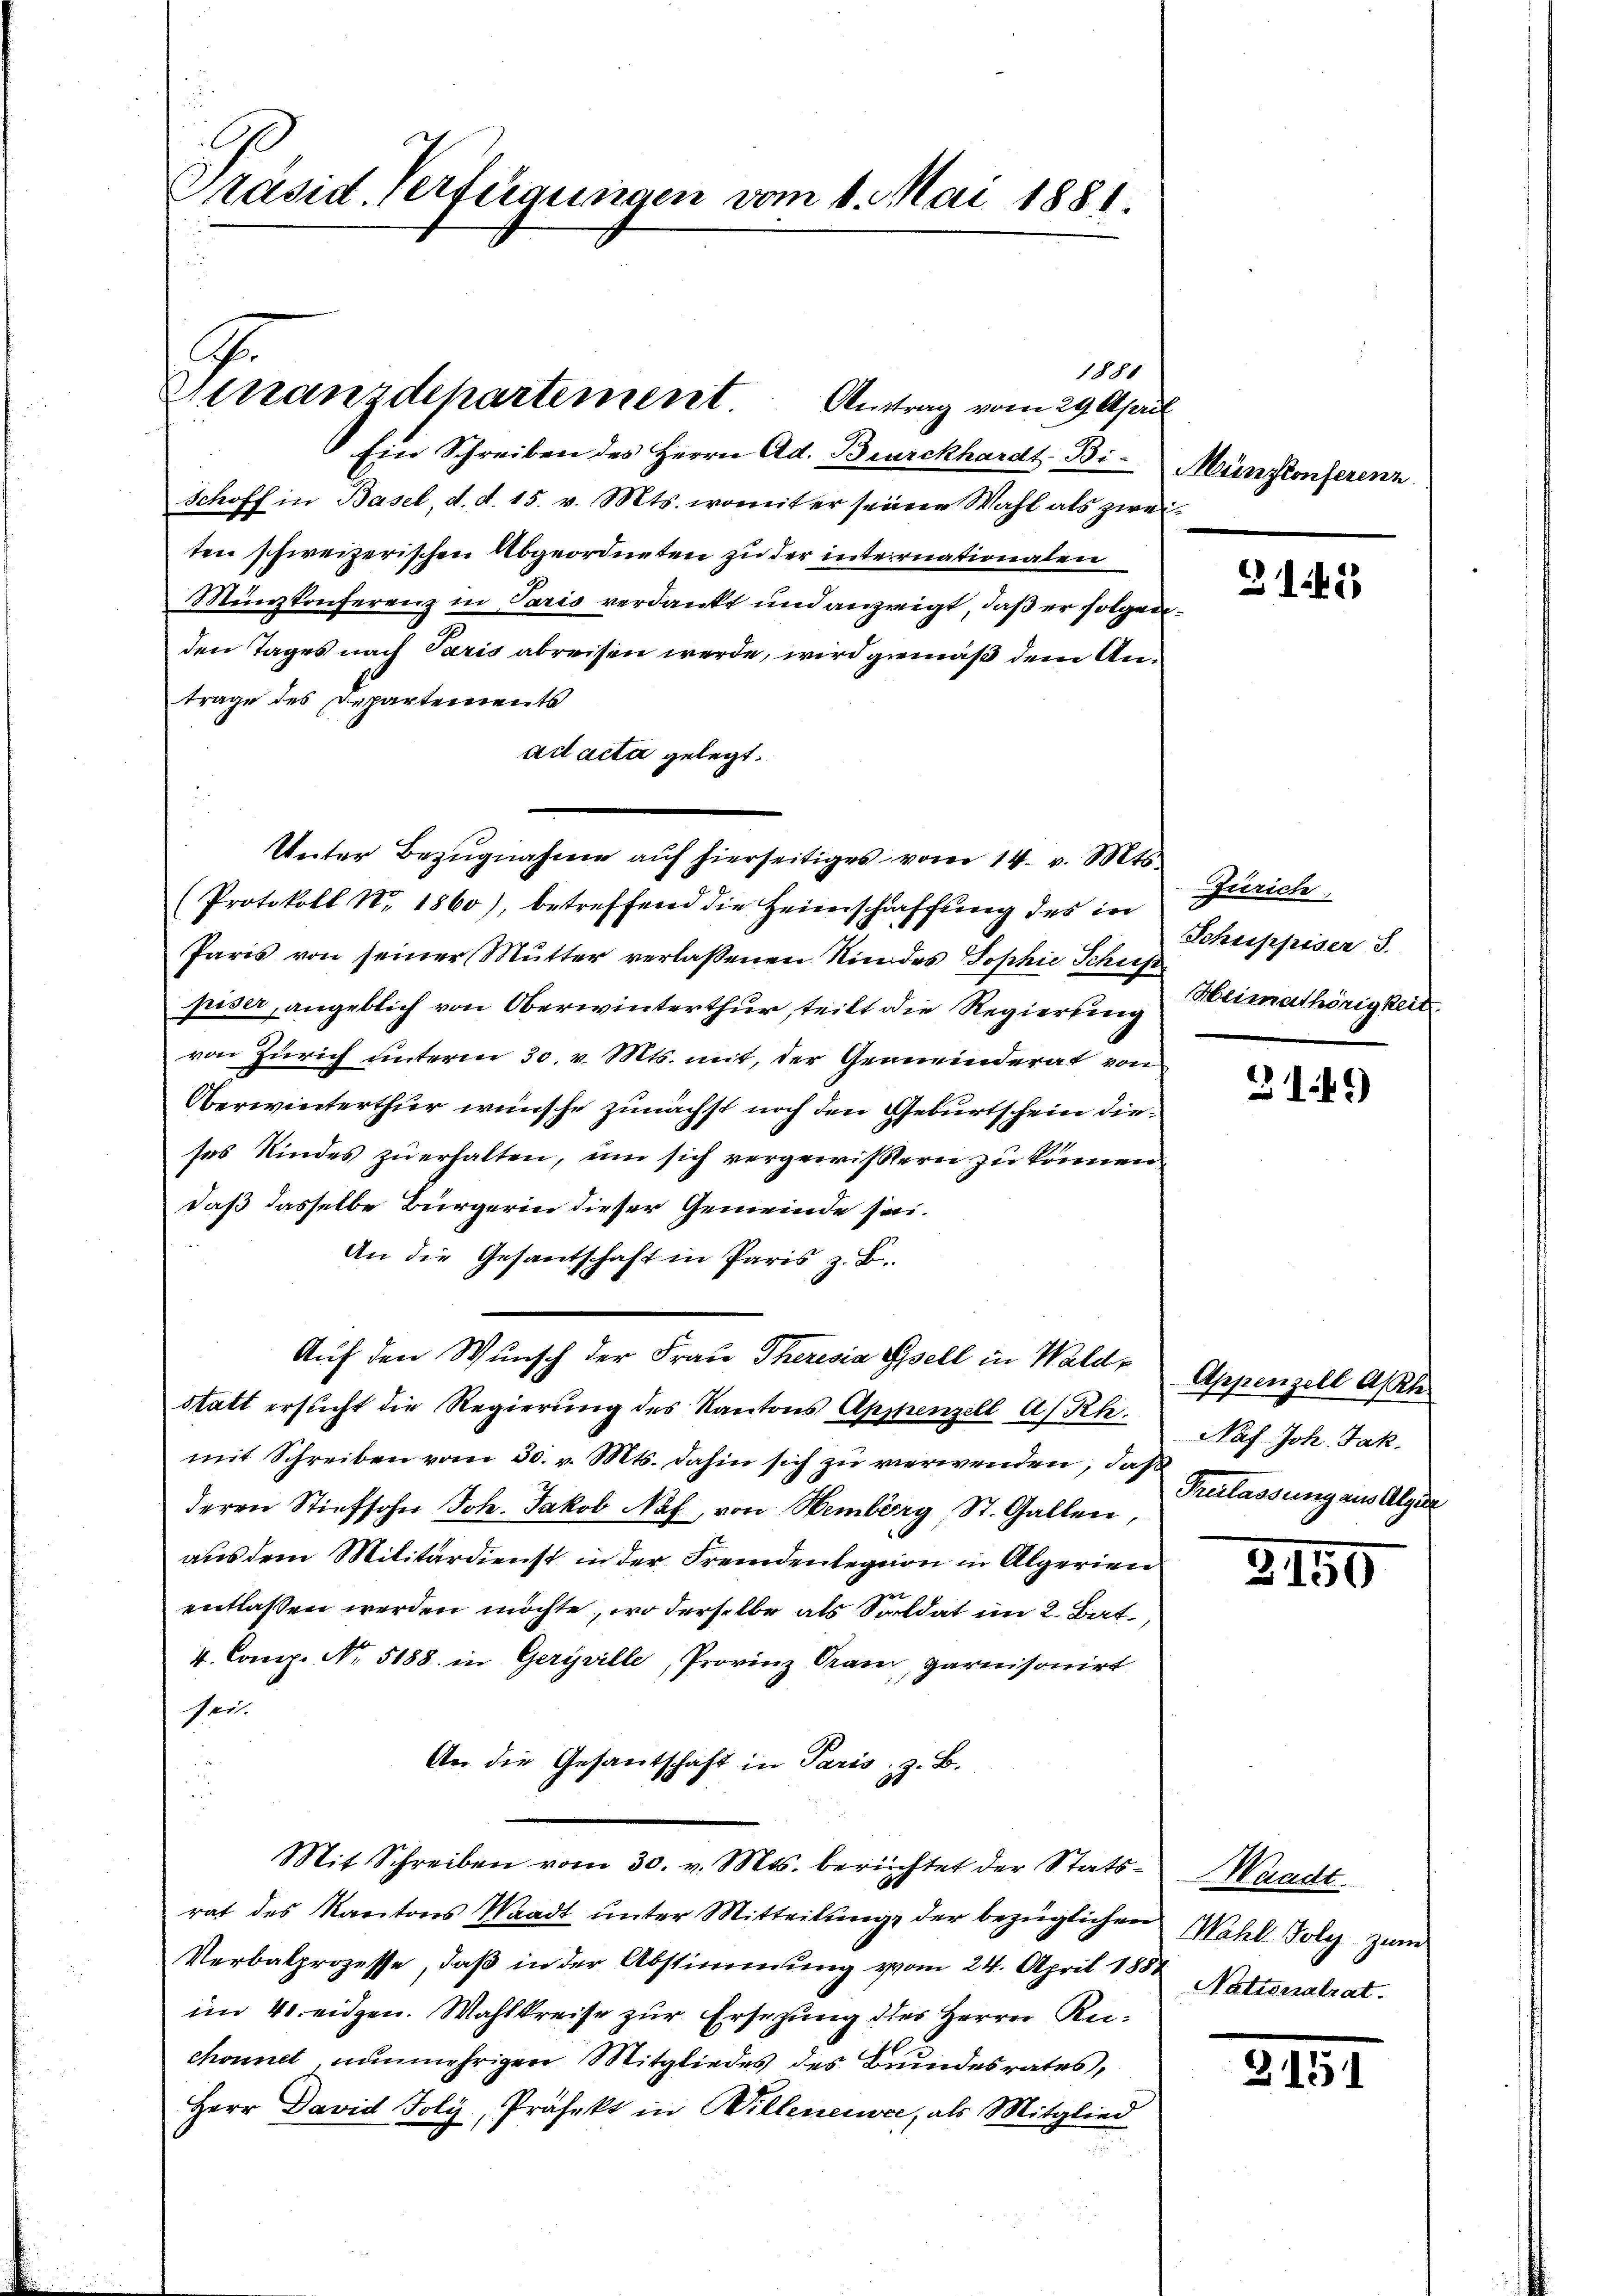
Präsid. Verfügungen vom 1. Mai 1881.

Ein Schreiben des Herrn Ad. Burckhardt-Bi-
Schoff in Basel, d. d. 15. v. Mts. womiter seiner Wahl als zweiten schweizerischen Abgeordneten zu der internationalen
Müerzkonferenz in Paris verdankt und anzeigt, daß er folgenden Tages nach Paris abreisen werde, wird gemäß dem Antrage des Departements
ad acta gelegt.
Unter Bezugnahme auf hierseitiges vom 14. v. Mts.
(Protokoll Nr. 1860), betreffend die Heimschaffung des in
Paris von seiner Mutter verlassenen Kindes Sophie Schus
piser, angeblich von Oberwinterthur, teilt die Regierung
von Zürich unterm 30. v. Mts. mit, der Gemeinderat von
Oberwinterthur wünsche zunächst noch den Geburtschein dieses Kindes zu erhalten, um sich vergewissern zu können
daß dasselbe Bürgerin dieser Gemeinde sei¬
An die Gesandschaft in Paris z. B.
Auf den Wunsch der Frau Theresia Spsell in Wald¬
Statt ersticht die Regierung des Kantons Appenzell a/Rh.
mit Schreiben vom 30. v. Mts. dahin sich zu verwenden, daß
deren Stiefsohn Joh. Jakob Näf, von Hemberg, St. Gallen,
aus dem Militärdienst in der Fremdenlegion in Algerien
entlassen werden möchte, wo derselbe als Soldat im 2. Bat.
4. Comp. No. 5188. in Geryville, Provinz Gran, parnisonirt
Sei.
An die Gesandschaft in Paris, z. B.
Mit. Schreiben vom 30. v. Mts. berüchtet der Statsrat des Kantons Waadt ŭnter Mitteilŭng, der bezüglichen Wahl Folg zŭm
Verbalprozesse, daß in der Abstimmung vom 24. April 180 Nationalrat
im 40 eidgen. Wahlkreise zur Ersezung dies Herrn Rechonnel nunmehrigen Mitgliedes des Bundesrates,
Herr David Joly, Präfekt in Willeneuve, als Mitglied

G.
Strranzdepartement Antrag vom 29. April

1880

Münzkonferenz

3145

Zürich,
Schuppiser S.
Heimathörigkeit

149)

Appenzell Asch
Nah Joh. Jak.
Prerlassung aus Algier

3150

Waadt.

2

15